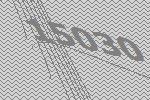
15030